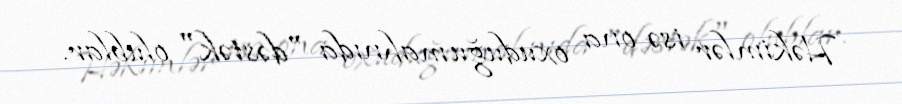
Həkimlər isə ona oxuduğu mahnıda "dəstək" olublar.